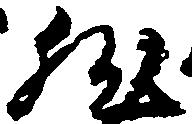
然